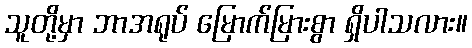
သူတို့မှာ ဘာအရုပ် မြောက်မြားစွာ ရှိပါသလား။